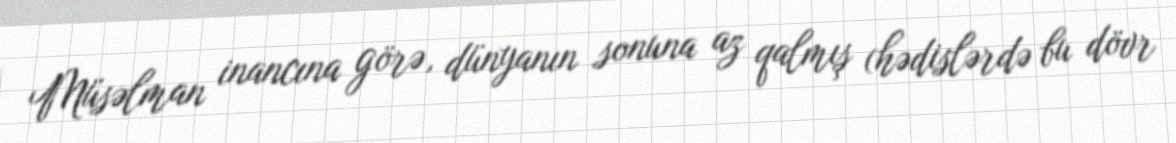
Müsəlman inancına görə, dünyanın sonuna az qalmış (hədislərdə bu dövr